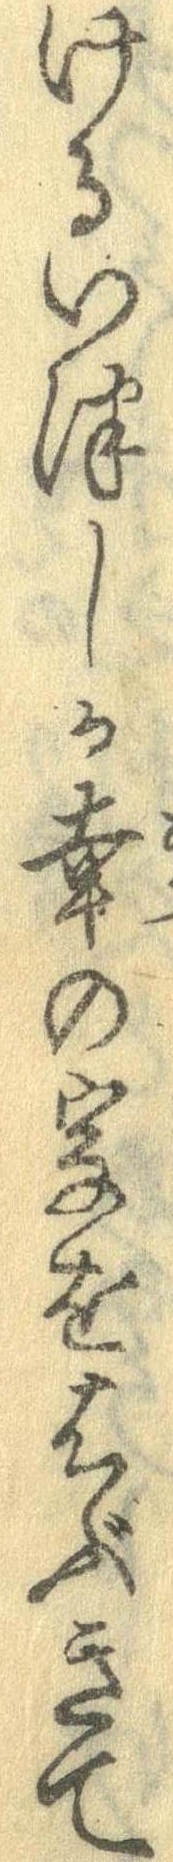
けるいつしか幸の字をはぶきて